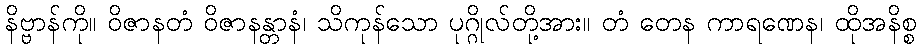
နိဗ္ဗာန်ကို။ ဝိဇာနတံ ဝိဇာနန္တာနံ၊ သိကုန်သော ပုဂ္ဂိုလ်တို့အား။ တံ တေန ကာရဏေန၊ ထိုအနိစ္စ